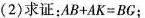
(2)求证：$$A B + A K = B G$$；